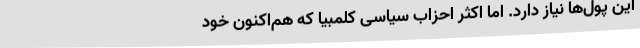
این پول‌ها نیاز دارد. اما اکثر احزاب سیاسی کلمبیا که هم‌اکنون خود